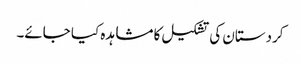
کردستان کی تشکیل کا مشاہدہ کیا جائے۔